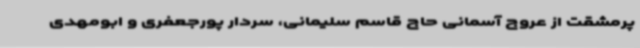
پرمشقت از عروج آسمانی حاج قاسم سلیمانی، سردار پورجعفری و ابومهدی